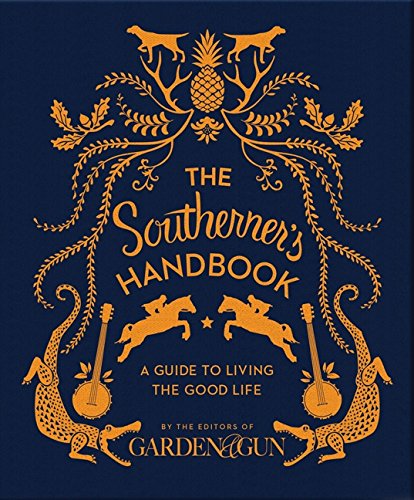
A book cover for The Southerner's Handbook: A Guide to Living the Good Life; Editors of Garden and Gun; Humor & Entertainment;